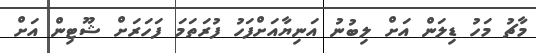
މާޗު މަހު ޑިލަން އަށް ލިބުނު އަނިޔާއަށްފަހު ފުރަތަމަ ފަހަރަށް ޝޫޓިން އަށް